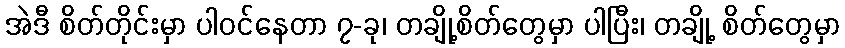
အဲဒီ စိတ်တိုင်းမှာ ပါဝင်နေတာ ၇-ခု၊ တချို့စိတ်တွေမှာ ပါပြီး၊ တချို့ စိတ်တွေမှာ